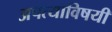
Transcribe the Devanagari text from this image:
अपत्याविषयी